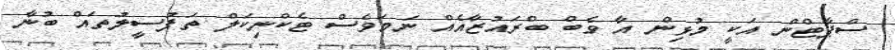
ސްޕާޓްން އަކީ މުޅިން އާ ވެބް ބްރައުޒާއެއް ނަމަވެސް ޓެކްނިކަލް ތަފުސީލުތައް ބުނާ